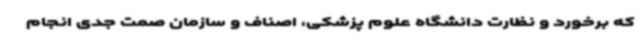
که برخورد و نظارت دانشگاه علوم پزشکی، اصناف و سازمان صمت جدی انجام